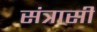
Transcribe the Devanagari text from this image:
संत्रासी